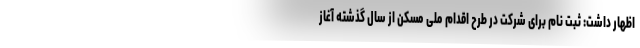
اظهار داشت: ثبت نام برای شرکت در طرح اقدام ملی مسکن از سال گذشته آ‌غاز